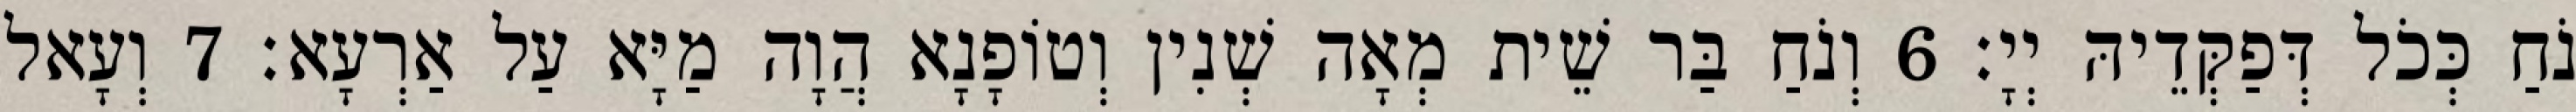
נֹחַ כְּכֹל דְּפַקְּדֵיהּ יְיָ׃ 6 וְנֹחַ בַּר שֵׁית מְאָה שְׁנִין וְטוֹפָנָא הֲוָה מַיָּא עַל אַרְעָא׃ 7 וְעָאל